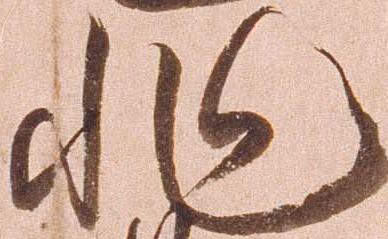
非